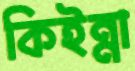
কিইন্না